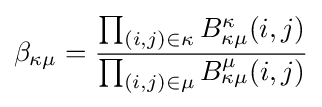
\beta _{\kappa \mu }={\frac {\prod _{(i,j)\in \kappa }B_{\kappa \mu }^{\kappa }(i,j)}{\prod _{(i,j)\in \mu }B_{\kappa \mu }^{\mu }(i,j)}}